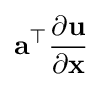
\mathbf {a} ^{\top }{\frac {\partial \mathbf {u} }{\partial \mathbf {x} }}